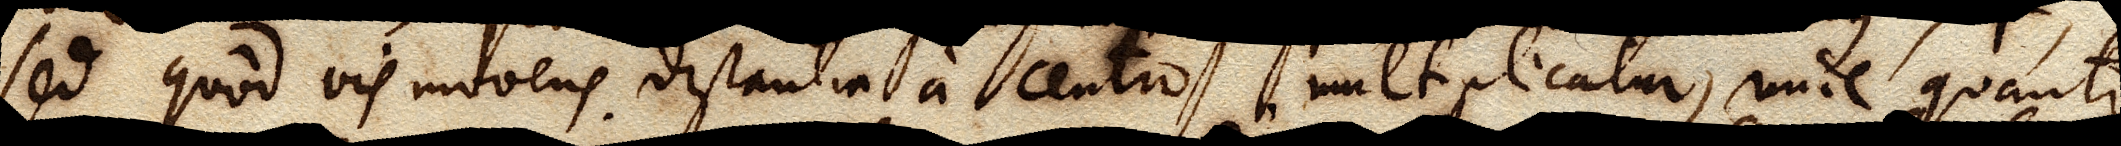
sed quod vis movens distantia a centro multiplicatur, unde quanto